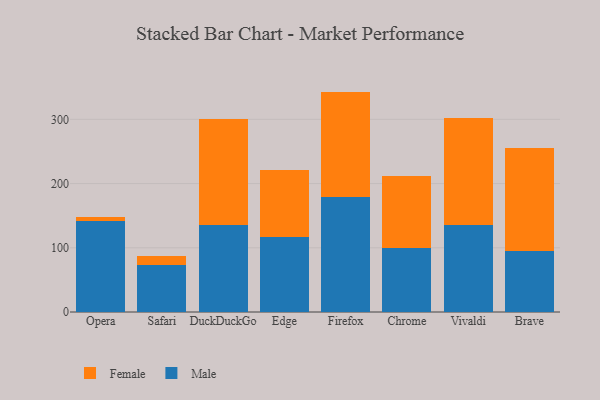
{"axis": {"x": "Browser", "y": "Budget (USD K)"}, "legend": ["Female", "Male"], "data": [{"x": "Opera", "y": 141.2, "type": "Male"}, {"x": "Opera", "y": 7.1, "type": "Female"}, {"x": "Safari", "y": 72.8, "type": "Male"}, {"x": "Safari", "y": 14.7, "type": "Female"}, {"x": "DuckDuckGo", "y": 135.1, "type": "Male"}, {"x": "DuckDuckGo", "y": 165.1, "type": "Female"}, {"x": "Edge", "y": 117.5, "type": "Male"}, {"x": "Edge", "y": 103.0, "type": "Female"}, {"x": "Firefox", "y": 179.6, "type": "Male"}, {"x": "Firefox", "y": 163.6, "type": "Female"}, {"x": "Chrome", "y": 100.3, "type": "Male"}, {"x": "Chrome", "y": 111.2, "type": "Female"}, {"x": "Vivaldi", "y": 135.6, "type": "Male"}, {"x": "Vivaldi", "y": 166.2, "type": "Female"}, {"x": "Brave", "y": 95.3, "type": "Male"}, {"x": "Brave", "y": 159.5, "type": "Female"}]}